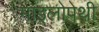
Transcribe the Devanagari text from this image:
माइलोपेथी